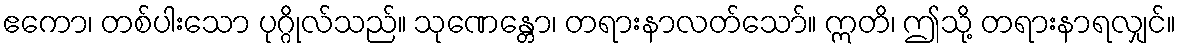
ဧကော၊ တစ်ပါးသော ပုဂ္ဂိုလ်သည်။ သုဏေန္တော၊ တရားနာလတ်သော်။ ဣတိ၊ ဤသို့ တရားနာရလျှင်။